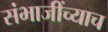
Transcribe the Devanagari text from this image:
संभाजींच्याच